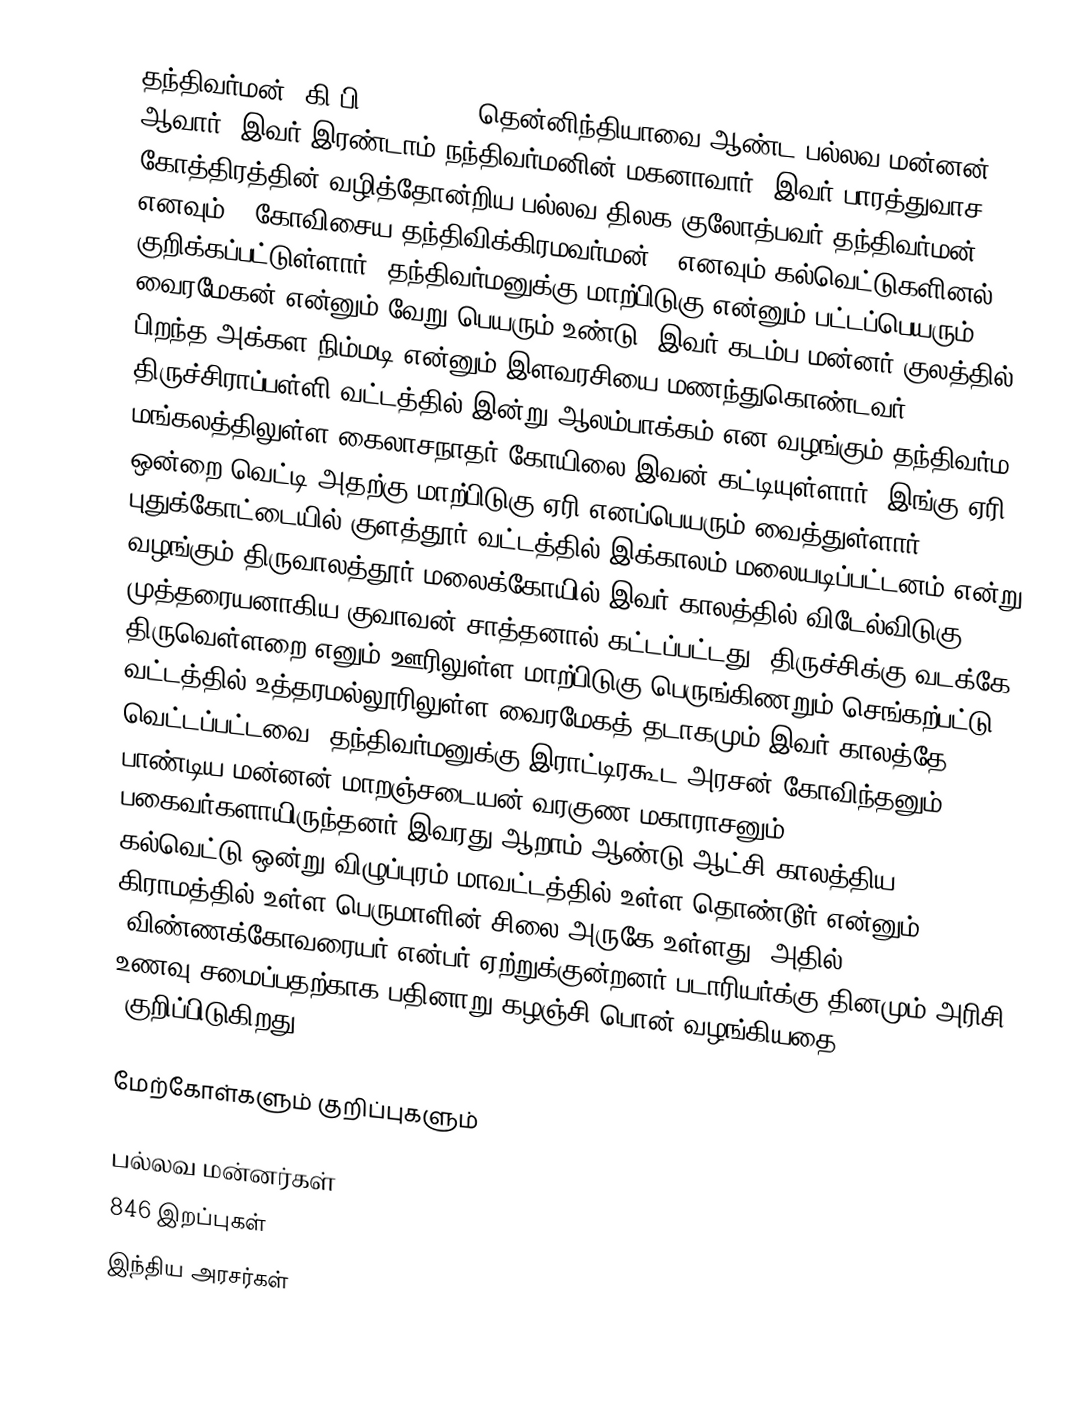
தந்திவர்மன் (கி.பி 777 - 830) தென்னிந்தியாவை ஆண்ட பல்லவ மன்னன் ஆவார். இவர் இரண்டாம் நந்திவர்மனின் மகனாவார். இவர் பாரத்துவாச கோத்திரத்தின் வழித்தோன்றிய பல்லவ திலக குலோத்பவர் தந்திவர்மன் எனவும் " கோவிசைய தந்திவிக்கிரமவர்மன் " எனவும் கல்வெட்டுகளினல் குறிக்கப்பட்டுள்ளார். தந்திவர்மனுக்கு மாற்பிடுகு என்னும் பட்டப்பெயரும்  வைரமேகன் என்னும் வேறு பெயரும் உண்டு. இவர் கடம்ப மன்னர் குலத்தில் பிறந்த அக்கள நிம்மடி என்னும் இளவரசியை மணந்துகொண்டவர். திருச்சிராப்பள்ளி வட்டத்தில் இன்று ஆலம்பாக்கம் என வழங்கும் தந்திவர்ம மங்கலத்திலுள்ள கைலாசநாதர் கோயிலை இவன் கட்டியுள்ளார். இங்கு ஏரி ஒன்றை வெட்டி அதற்கு மாற்பிடுகு ஏரி எனப்பெயரும் வைத்துள்ளார். புதுக்கோட்டையில் குளத்தூர் வட்டத்தில் இக்காலம் மலையடிப்பட்டனம் என்று வழங்கும் திருவாலத்தூர் மலைக்கோயில் இவர் காலத்தில் விடேல்விடுகு முத்தரையனாகிய குவாவன் சாத்தனால் கட்டப்பட்டது. திருச்சிக்கு வடக்கே திருவெள்ளறை எனும் ஊரிலுள்ள மாற்பிடுகு பெருங்கிணறும் செங்கற்பட்டு வட்டத்தில் உத்தரமல்லூரிலுள்ள வைரமேகத் தடாகமும் இவர் காலத்தே வெட்டப்பட்டவை.  தந்திவர்மனுக்கு இராட்டிரகூட அரசன் கோவிந்தனும், பாண்டிய மன்னன் மாறஞ்சடையன் வரகுண மகாராசனும் பகைவர்களாயிருந்தனர்.இவரது ஆறாம் ஆண்டு ஆட்சி காலத்திய  கல்வெட்டு ஒன்று விழுப்புரம் மாவட்டத்தில் உள்ள தொண்டூர் என்னும் கிராமத்தில் உள்ள பெருமாளின் சிலை அருகே  உள்ளது. அதில் "விண்ணக்கோவரையர் என்பர் ஏற்றுக்குன்றனர் படாரியர்க்கு தினமும் அரிசி உணவு சமைப்பதற்காக பதினாறு கழஞ்சி பொன்  வழங்கியதை "குறிப்பிடுகிறது .

மேற்கோள்களும் குறிப்புகளும்

பல்லவ மன்னர்கள்
846 இறப்புகள்
இந்திய அரசர்கள்